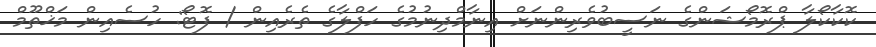
ކޮކާކޯލާ ޕްރޮމޯޝަންގެ ނަސީބުވެރިންނަށް އިނާމްދިނުމުގެ ހަފްލާގެ ތެރެއިން / ފޮޓޯ: ހުސެއިން މަޚްތޫމް